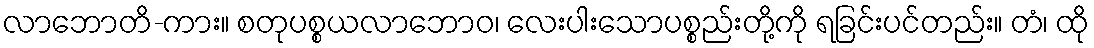
လာဘောတိ-ကား။ စတုပစ္စယလာဘောဝ၊ လေးပါးသောပစ္စည်းတို့ကို ရခြင်းပင်တည်း။ တံ၊ ထို